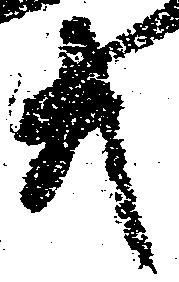
共